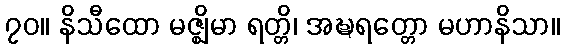
၇၀။ နိသီထော မဇ္ဈိမာ ရတ္တိ၊ အဍ္ဎရတ္တော မဟာနိသာ။